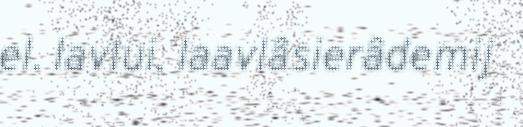
el. lavlui, laavlâsierâdemij